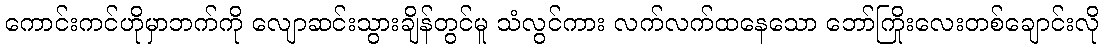
ကောင်းကင်ဟိုမှာဘက်ကို လျောဆင်းသွားချိန်တွင်မူ သံလွင်ကား လက်လက်ထနေသော ဘော်ကြိုးလေးတစ်ချောင်းလို